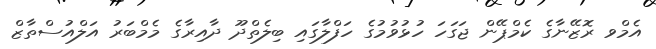
އެމްވ ރޮޒޭނާގެ ކެމްޕޭން ޖަގަހަ ހުޅުވުމުގެ ހަފްލާގައި ބިލެތްދޫ ދާއިރާގެ މެމްބަރު އަލްއުސްތާޒް